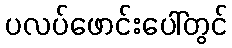
ပလပ်ဖောင်းပေါ်တွင်